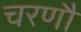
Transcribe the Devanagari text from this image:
चरणौ